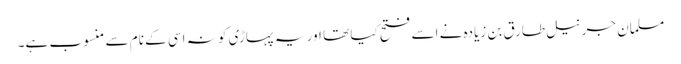
مسلمان جرنیل طارق بن زیادہ نے اسے فتح کیا تھا اور یہ پہاڑی کو نہ اسی کے نام سے منسوب ہے۔